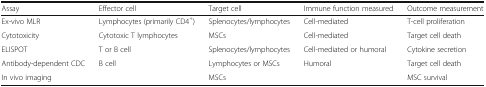
<table><thead><tr><td><b>Assay</b></td><td><b>Effector cell</b></td><td><b>Target cell</b></td><td><b>Immune function measured</b></td><td><b>Outcome measurement</b></td></tr></thead><tbody><tr><td>Ex-vivo MLR</td><td>Lymphocytes (primarily CD4<sup>+</sup>)</td><td>Splenocytes/lymphocytes</td><td>Cell-mediated</td><td>T-cell proliferation</td></tr><tr><td>Cytotoxicity</td><td>Cytotoxic T lymphocytes</td><td>MSCs</td><td>Cell-mediated</td><td>Target cell death</td></tr><tr><td>ELISPOT</td><td>T or B cell</td><td>Splenocytes/lymphocytes</td><td>Cell-mediated or humoral</td><td>Cytokine secretion</td></tr><tr><td>Antibody-dependent CDC</td><td>B cell</td><td>Lymphocytes or MSCs</td><td>Humoral</td><td>Target cell death</td></tr><tr><td>In vivo imaging</td><td></td><td>MSCs</td><td></td><td>MSC survival</td></tr></tbody></table>